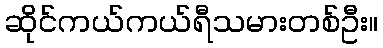
ဆိုင်ကယ်ကယ်ရီသမားတစ်ဦး။